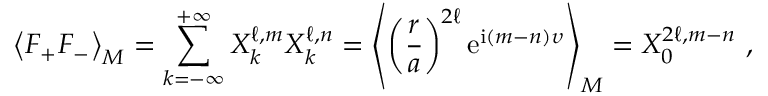
\left\langle F _ { + } F _ { - } \right\rangle _ { M } = \sum _ { k = - \infty } ^ { + \infty } X _ { k } ^ { \ell , m } X _ { k } ^ { \ell , n } = \left\langle \left( \frac { r } { a } \right) ^ { 2 \ell } \mathrm { e } ^ { \mathrm { i } ( m - n ) \upsilon } \right\rangle _ { M } = X _ { 0 } ^ { 2 \ell , m - n } \ ,